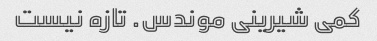
کمی شیرینی موندس. تازه نیست